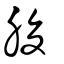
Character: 脧